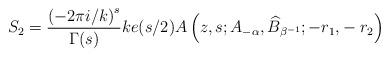
LaTeX: \begin{align*}S_{2}=\frac{\left( -2\pi i/k\right) ^{s}}{\Gamma(s)}ke(s/2)A\left(z,s;A_{-\alpha},\widehat{B}_{\beta^{-1}};-r_{1}{\LARGE ,}-r_{2}\right)\end{align*}